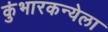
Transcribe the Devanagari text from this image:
कुंभारकन्येला